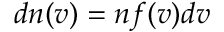
d n ( v ) = n f ( v ) d v